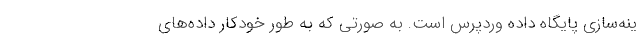
ینه‌سازی پایگاه داده وردپرس است. به صورتی که به طور خودکار داده‌های